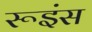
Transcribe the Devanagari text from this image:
रूइंस